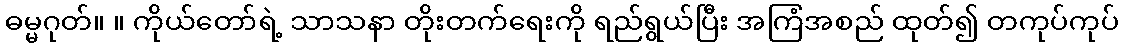
ဓမ္မဂုတ်။ ။ ကိုယ်တော်ရဲ့ သာသနာ တိုးတက်ရေးကို ရည်ရွယ်ပြီး အကြံအစည် ထုတ်၍ တကုပ်ကုပ်